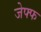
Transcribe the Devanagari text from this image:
जेफ्फ